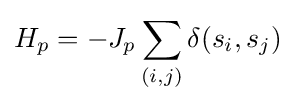
H_{p}=-J_{p}\sum _{(i,j)}\delta (s_{i},s_{j})